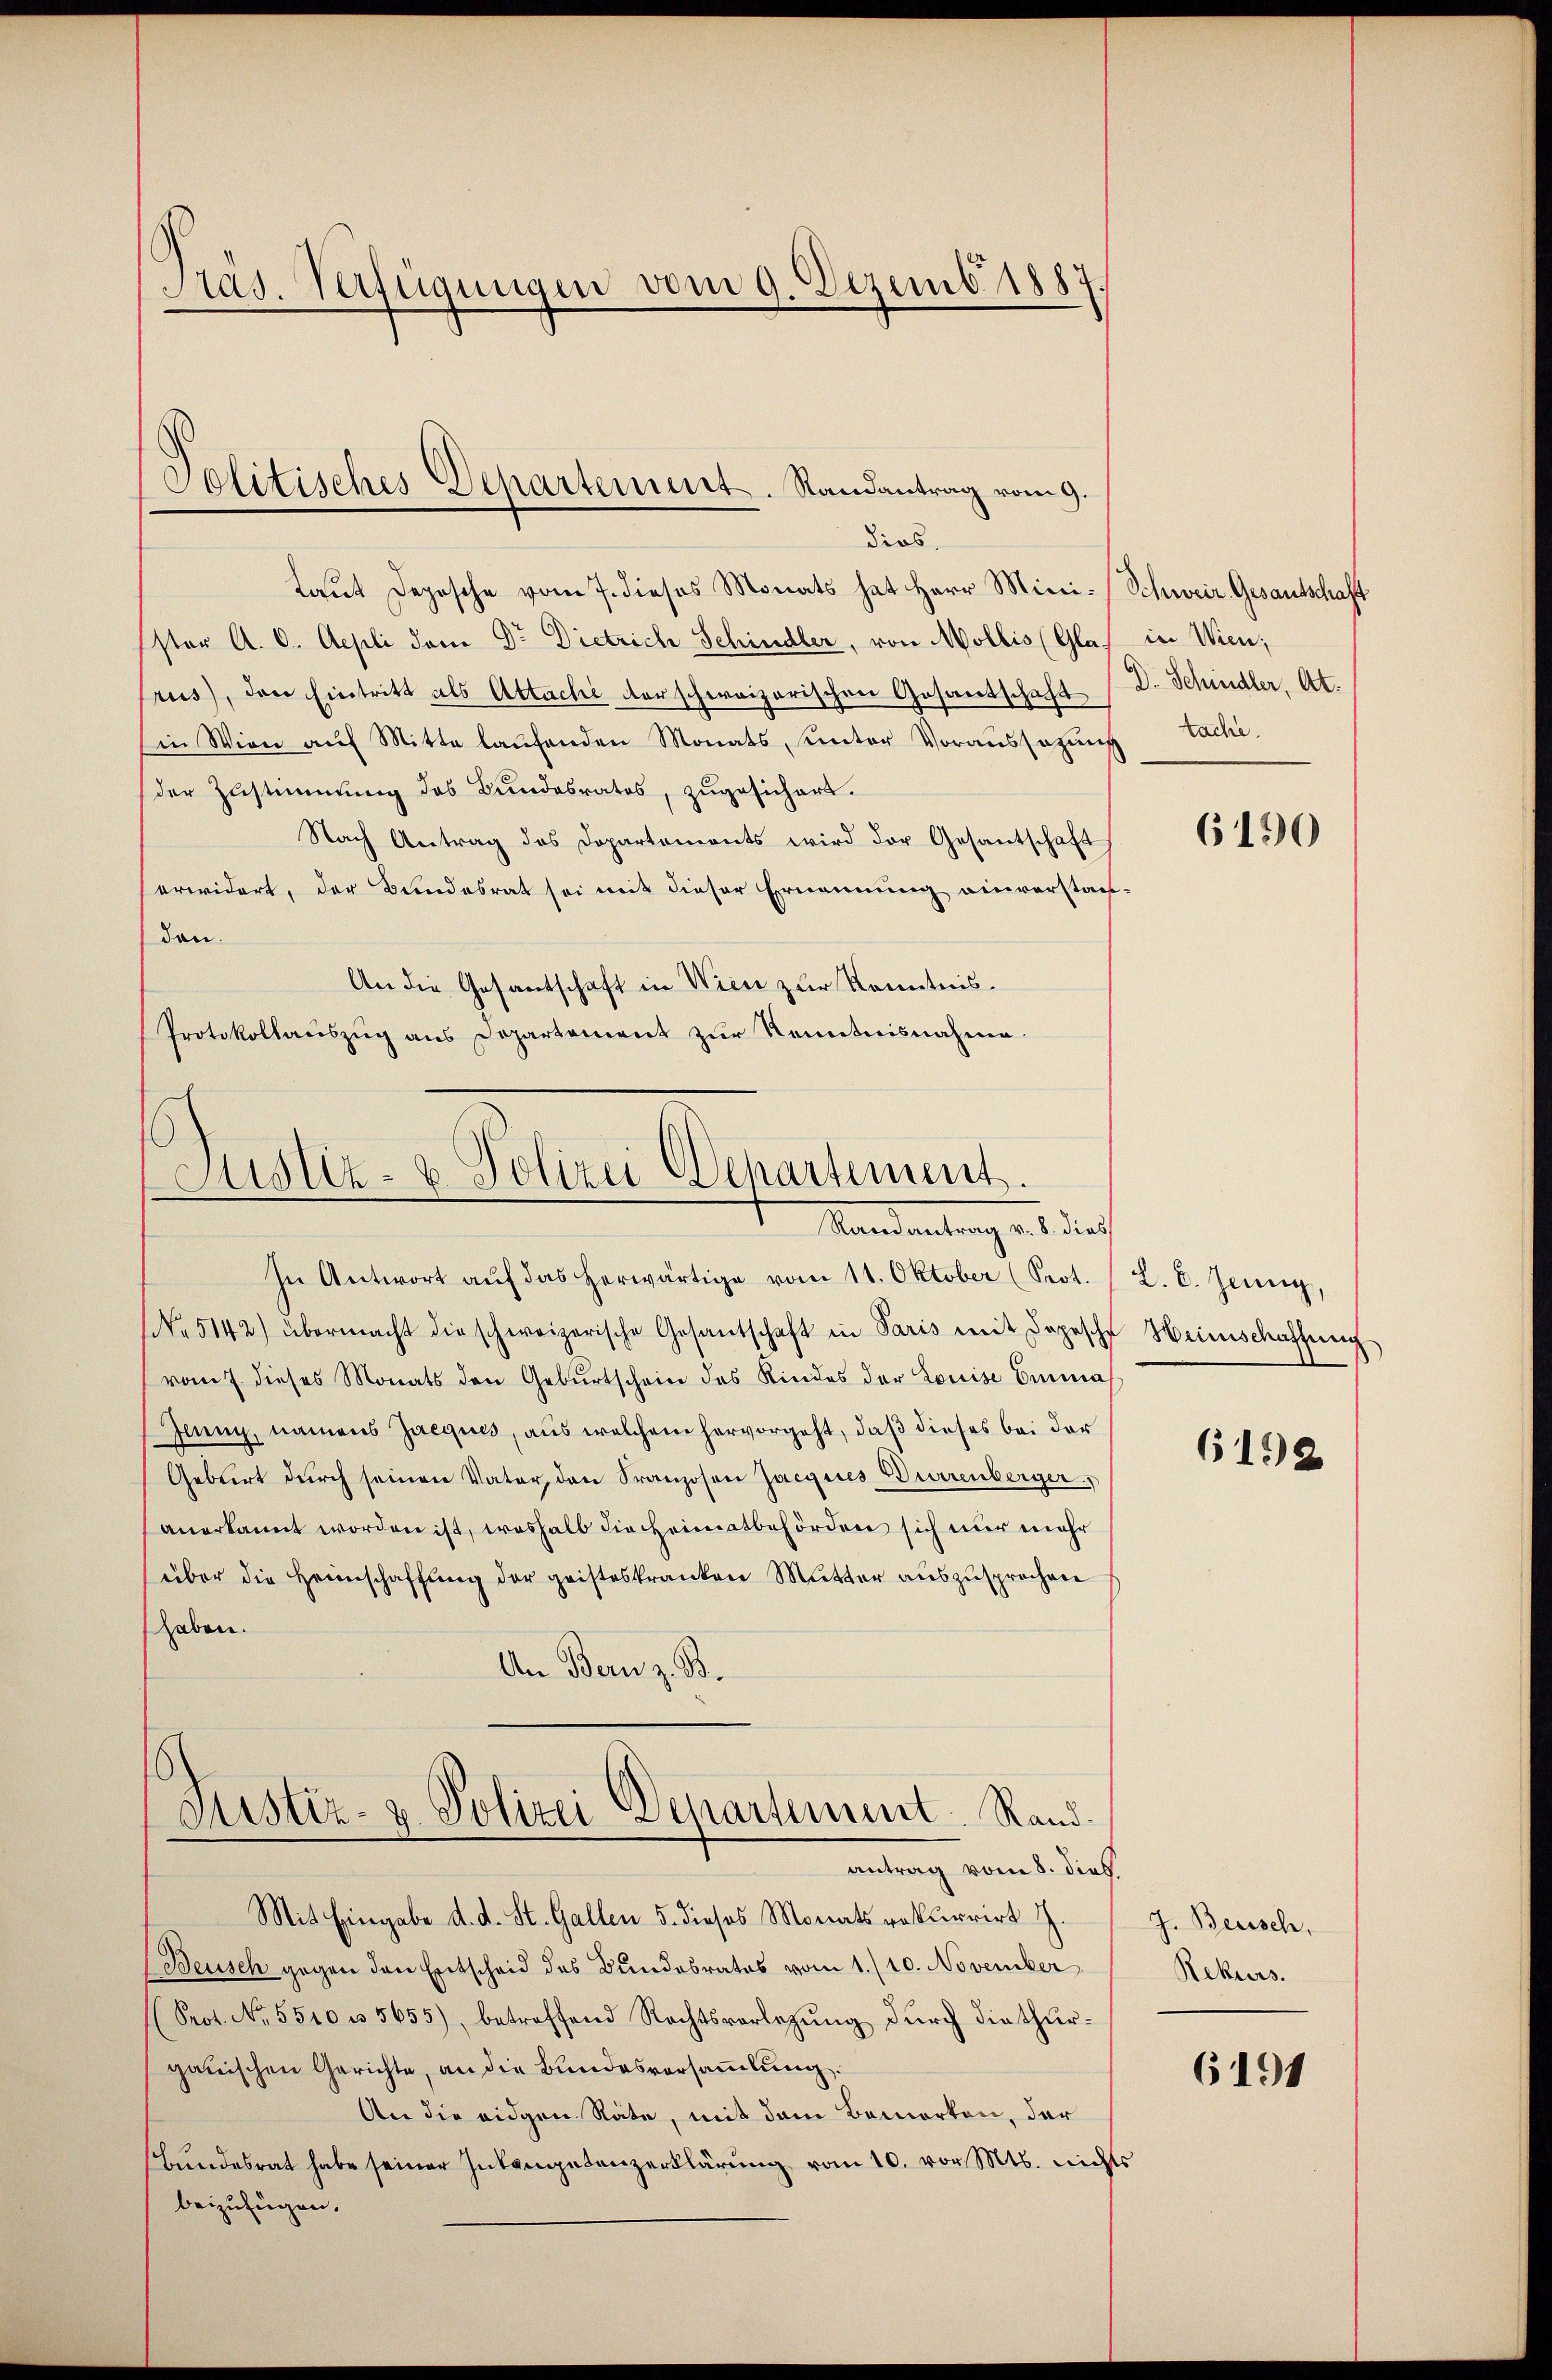
Präs. Verfügungen vom 9. Dezemb. 1887.

taut Depesche vom 7. dieses Monats hat Herr Mini-Schweiz. Gesantschaft
Ester A. 6. Appli dem Dr. Dietrich Schindler, von Mollis (Glarus), den Eintritt als Attache derschweizerischen Gesantschaft
in Wien auf Mitte laufenden Monats, unter Voraussagung tache.
der Zustimmung des Bundesrates, zugesichert.
Nach Antrag des Dopartements wird der Gesantschaft
erwidert, der Bundesrat sei mit dieser Ernennung einverstandon.
An die Gesantschaft in Wien zur Kenntnis¬
Protokollauszug aus Departement zur Kenntnisnahme.
Justiz- & Polizei Departement.
Mandantung des durch
In Antwort aŭf das herwärtige vom 11. Oktober (Prot. (L. E. Jenny,
No 5142) übermacht die schweizerische Gesantschaft in Paris mit Depesche Heimschaffung
vom 7. dieses Monats den Geburtschein des Kindes der Louise Emma
Jenny, namens Jacques, aus welchem hervorgeht, daß dieses bei der
Gebiert durch seinen Vater den Franzosen Jacques Burrenberger
anerkannt worden ist, weshalb die Heimatbehörden sich nur mehr
über die Heimschaffung der geisteskranken Mutter auszusprochen
haben.
An Bern z. B.

Politisches Departement. Randantrag vom 9.
dios.

Justiz- & Polizei Departement. Rand.
antrag vom 8. dies

Mit Eingabe d. d. St. Gallen 5. dieses Monats rekurrirt H.
(Beusch gegen den Entscheid des Bundesrates vom 1. /10. November
(Prot. No. 5510 u. 5655), betreffend Rechtsvorlegŭng dŭrch die thŭr-
gauischen Gerichte, an die Bundesversammlung
An die eidgen Räte, mit dem Bemerken, der
Bundesrat habe seiner Intenetenzerklärung vom 10. vor. Mts. nich
beizufügen.

in Wien,
D. Schindler, Art.

6190

6192

J. Beisch,
Rekurs.

6191